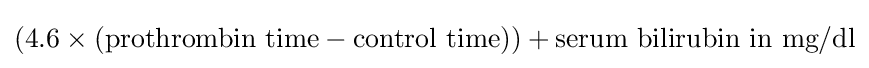
\left(4.6\times \left({\hbox{prothrombin time}}-{\hbox{control time}}\right)\right)+{\hbox{serum bilirubin in mg/dl}}